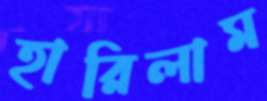
হারিলাম